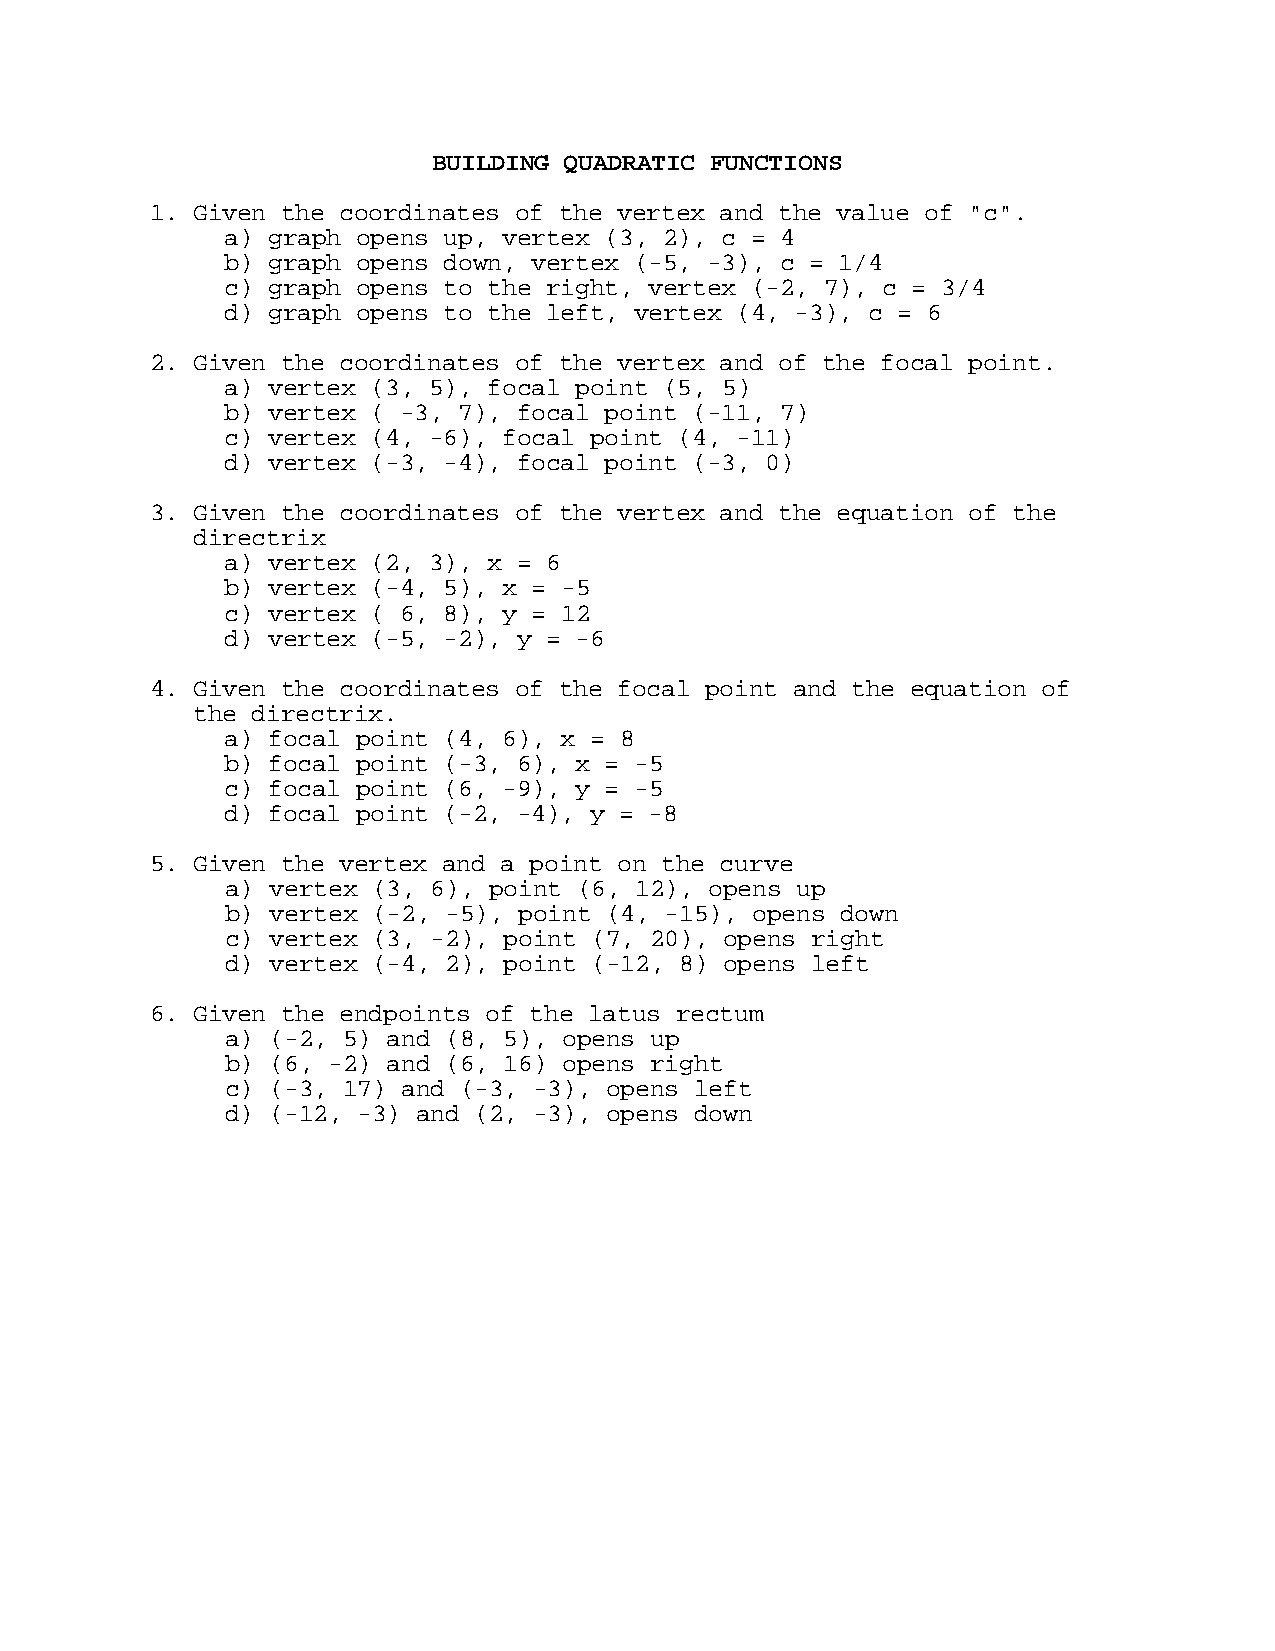
BUILDING QUADRATIC FUNCTIONS
 1. Given the coordinates of the vertex and the value of "c".
 a) graph opens up, vertex (3, 2), c = 4
 b) graph opens down, vertex (-5, -3), c = 1/4
 c) graph opens to the right, vertex (-2, 7), c = 3/4
 d) graph opens to the left, vertex (4, -3), c = 6
 2. Given the coordinates of the vertex and of the focal point.
 a) vertex (3, 5), focal point (5, 5)
 b) vertex ( -3, 7), focal point (-11, 7)
 c) vertex (4, -6), focal point (4, -11)
 d) vertex (-3, -4), focal point (-3, 0)
 3. Given the coordinates of the vertex and the equation of the
 directrix
 a) vertex (2, 3), x = 6
 b) vertex (-4, 5), x = -5
 c) vertex ( 6, 8), y = 12
 d) vertex (-5, -2), y = -6
 4. Given the coordinates of the focal point and the equation of
 the directrix.
 a) focal point (4, 6), x = 8
 b) focal point (-3, 6), x = -5
 c) focal point (6, -9), y = -5
 d) focal point (-2, -4), y = -8
 5. Given the vertex and a point on the curve
 a) vertex (3, 6), point (6, 12), opens up
 b) vertex (-2, -5), point (4, -15), opens down
 c) vertex (3, -2), point (7, 20), opens right
 d) vertex (-4, 2), point (-12, 8) opens left
 6. Given the endpoints of the latus rectum
 a) (-2, 5) and (8, 5), opens up
 b) (6, -2) and (6, 16) opens right
 c) (-3, 17) and (-3, -3), opens left
 d) (-12, -3) and (2, -3), opens down